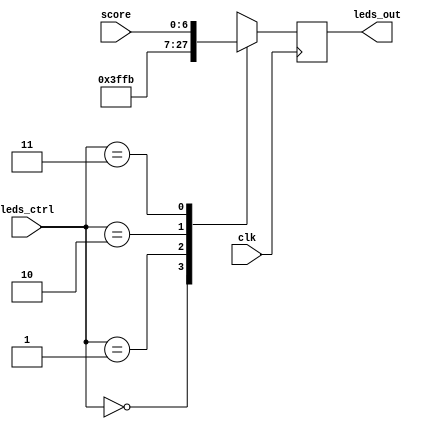
module led_mux(input [6:0] score, input [1:0] leds_ctrl, input clk, output [6:0] leds_out);
	
	
	`define ALL_OFF 0
	`define ALL_ON 1
	`define RESET_CODE 2
	`define SCORE 3
	
	reg [6:0] leds_out;
	always @(posedge clk)
	
		case(leds_ctrl)
		
			`ALL_OFF:
				leds_out = 7'b0000000;
				
			`ALL_ON:
				leds_out = 7'b1111111;
				
			`RESET_CODE:
				leds_out = 7'b1111011;
				
			`SCORE:
				leds_out = score;
			
		endcase
	
endmodule